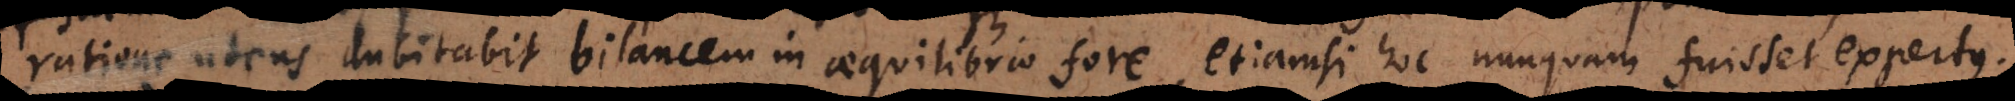
ratione utens dubitabit bilancem in aequilibrio fore, etiamsi hoc nunquam fuisset expertus.